Lunatic asylums in Bengal annual reports 1912-1924 - 1912-1924
Year: 1912
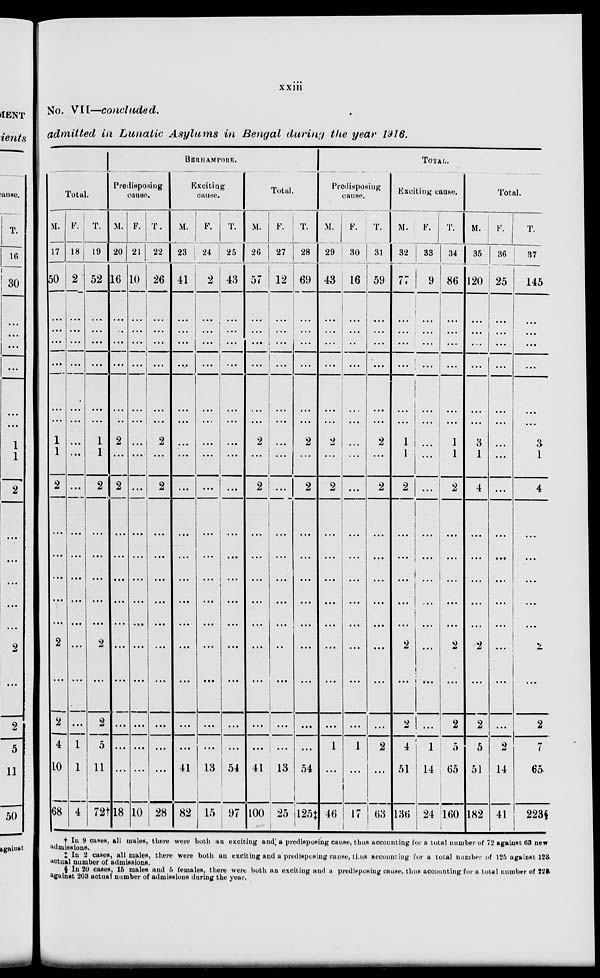
xxiii
No. VII—concluded.
admitted in Lunatic Asylums in Bengal during the year 1916.
Total.
M.
17
50
...
...
...
...
...
...
1
1
2
...
...
...
...
...
2
...
2
4
10
68
F.
18
2
...
...
...
...
...
...
...
...
...
...
...
...
...
...
...
...
...
1
1
4
T.
19
52
...
...
...
...
...
...
1
1
2
...
...
...
...
...
2
...
2
5
11
72†
BERHAMPORE.
Predisposing
cause.
M.
20
16
...
...
...
...
...
...
2
...
2
...
...
...
...
...
...
...
...
...
...
18
F.
21
10
...
...
...
...
...
...
...
...
...
...
...
...
...
...
...
...
...
...
...
10
T.
22
26
...
...
...
...
...
...
2
...
2
...
...
...
...
...
...
...
...
...
...
28
Exciting
cause.
M.
23
41
...
...
...
...
...
...
...
...
...
...
...
...
...
...
...
...
...
...
41
82
F.
24
2
...
...
...
...
...
...
...
...
...
...
...
...
...
...
...
...
...
...
13
15
T.
25
43
...
...
...
...
...
...
...
...
...
...
...
...
...
...
...
...
...
...
54
97
Total.
M.
26
57
...
...
...
...
...
...
2
...
2
...
...
...
...
...
...
...
...
...
41
100
F.
27
12
...
...
...
...
...
...
...
...
...
...
...
...
...
...
..
...
...
...
13
25
T.
28
69
...
...
...
...
...
...
2
...
2
...
...
...
...
...
...
...
...
...
54
125‡
TOTAL.
Predisposing
cause.
M.
29
43
...
...
...
...
...
...
2
...
2
...
...
...
...
...
...
...
...
1
...
46
F.
30
16
...
...
...
...
...
...
...
...
...
...
...
...
...
...
...
...
...
1
...
17
T.
31
59
...
...
...
...
...
...
2
...
2
...
...
...
...
...
...
...
...
2
...
63
Exciting cause.
M.
3 2
7 7
...
...
...
...
...
...
1
1
2
...
...
...
...
...
2
...
2
4
51
136
F.
33
9
...
...
...
...
...
...
...
...
...
...
...
...
...
...
...
...
...
1
14
24
T.
3 4
86
...
...
...
...
...
...
1
1
2
...
...
...
...
...
2
...
2
5
65
160
Total.
M.
35
120
...
...
...
...
...
...
3
1
4
...
...
...
...
...
2
...
2
5
51
182
F.
36
25
...
...
...
...
...
...
...
...
...
...
...
...
...
...
...
...
...
2
14
41
T.
37
145
...
...
...
...
...
...
3
1
4
...
...
...
...
...
2
...
2
7
65
223§
† In 9 cases, all males, there were both an exciting and a predisposing cause, thus accounting for a total number of 72 against 63 new
admissions.
‡ In 2 cases, all males, there were both an exciting and a predisposing cause, thus accounting for a total number of 125 against 123.
actual number of admissions.
§ In 20 cases, 15 males and 5 females, there were both an exciting and a predisposing cause, thus accounting for a total number of 223
against 203 actual number of admissions during the year.